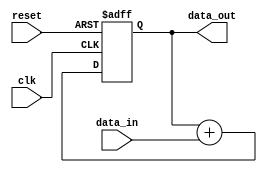
module Pipeline_accumulator (
    input wire clk, // Clock input
    input wire reset, // Reset input
    input wire [7:0] data_in, // Input data
    output reg [7:0] data_out // Output data
);

reg [7:0] accumulator; // Accumulator register

// Sequential logic for pipeline accumulator
always @(posedge clk or posedge reset) begin
    if (reset) begin
        accumulator <= 8'b0; // Reset accumulator
    end else begin
        accumulator <= accumulator + data_in; // Accumulate input data
    end
end

assign data_out = accumulator; // Assign accumulator value to output data

endmodule